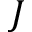
J